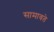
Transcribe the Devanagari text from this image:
सामावते